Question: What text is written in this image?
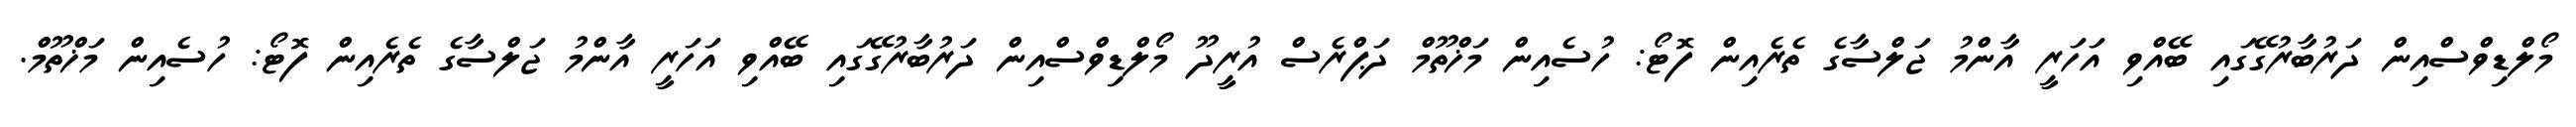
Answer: މޯލްޑިވްސްއިން ދަރުބާރުގޭގައި ބޭއްވި އަހަރީ އާންމު ޖަލްސާގެ ތެރެއިން ފޮޓޯ: ހުސެއިން މަޚްތޫމް ދަޕްރެސް އުރީދޫ މޯލްޑިވްސްއިން ދަރުބާރުގޭގައި ބޭއްވި އަހަރީ އާންމު ޖަލްސާގެ ތެރެއިން ފޮޓޯ: ހުސެއިން މަޚްތޫމް.